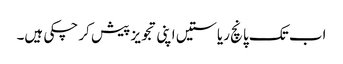
اب تک پانچ ریاستیں اپنی تجویز پیش کر چکی ہیں۔